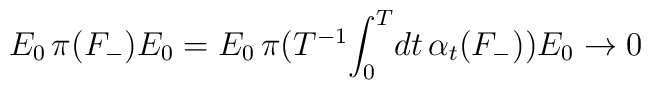
E_0 \, \pi({F}_-) E_0 =  E_0  \, \pi (\mbox{$T^{-1}$} \! \int_0^T \! dt \, \alpha_t (F_-)) E_0 \rightarrow 0